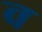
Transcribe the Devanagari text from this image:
व